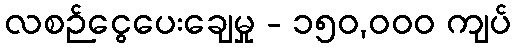
လစဉ်ငွေပေးချေမှု - ၁၅၀,၀၀၀ ကျပ်